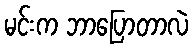
မင်းက ဘာပြောတာလဲ